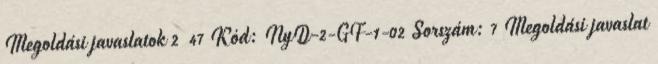
Megoldási javaslatok 2 47 Kód: NyD-2-GF-1-02 Sorszám: 7 Megoldási javaslat